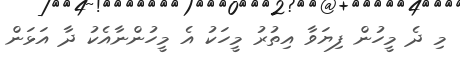
މި ދެ މީހުން ފިޔަވާ އިތުރު މީހަކު އެ މީހުންނާއެކު ދާ އަޅަން